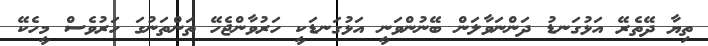
ތިޔާ ދޭތެރޭ އަޅުގަނޑު ދަންނަވާލަން ބޭނުންވަނީ އަޅުގަނޑަކީ ހަރުވާންޖެހޭ ތަންތަނުގަ ހަރުވެސް މީހެކޭ